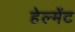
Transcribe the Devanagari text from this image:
हेल्मेंट